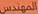
المهندس